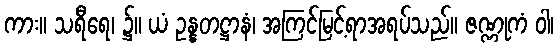
ကား။ သရီရေ၊ ၌။ ယံ ဥန္နတဋ္ဌာနံ၊ အကြင်မြင့်ရာအရပ်သည်။ ဇဏ္ဏုကံ ဝါ၊